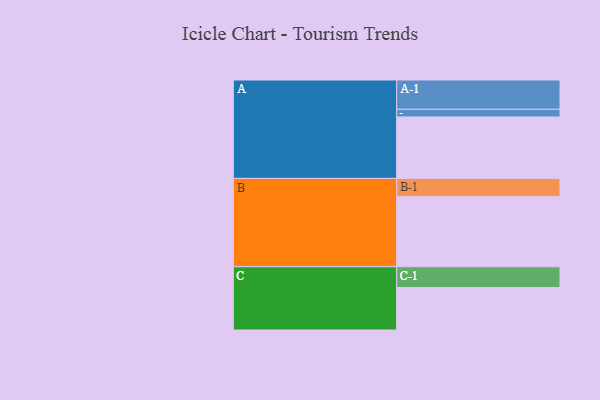
{"axis": {"x": "Segment", "y": "Value"}, "legend": ["", "A", "B", "C"], "data": [{"x": "A", "y": 470, "type": ""}, {"x": "B", "y": 536, "type": ""}, {"x": "C", "y": 325, "type": ""}, {"x": "A-1", "y": 224, "type": "A"}, {"x": "A-2", "y": 59, "type": "A"}, {"x": "B-1", "y": 140, "type": "B"}, {"x": "C-1", "y": 159, "type": "C"}]}